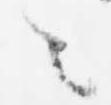
と